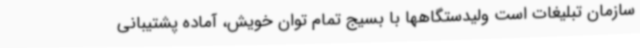
سازمان تبلیغات است ولیدستگاهها با بسیج تمام توان خویش، آماده پشتیبانی